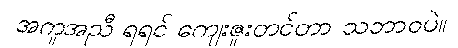
အကူအညီ ရရင် ကျေးဇူးတင်တာ သဘာဝပဲ။